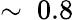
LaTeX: \sim~0.8